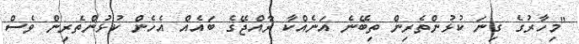
"މިހާރުގެ ގިނަ ކުޅުންތެރިން ތިބޭނެ އަނެއްކާ ރާއްޖޭގެ ބައެއް އެހެން ކުޅުންތެރިން ވެސް